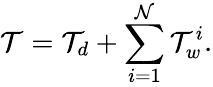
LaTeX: \mathcal{T}=\mathcal{T}_{d}+\sum_{i=1}^{\mathcal{N}}\mathcal{T}_{w}^{i}.